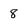
Character: 8